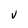
Character: V